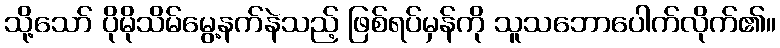
သို့သော် ပိုမိုသိမ်မွေ့နက်နဲသည့် ဖြစ်ရပ်မှန်ကို သူသဘောပေါက်လိုက်၏။